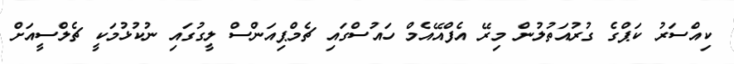
ކިއްސަރު ކަޕްގެ ގުރުއަތުލުން މިރޭ އެފްއޭއެމް ހައުސްގައި ޗެމްޕިއަންސް ލީގުގައި ނުކުޅުމަކީ ޗެލްސީއަށް